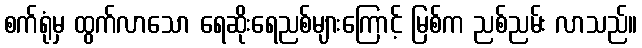
စက်ရုံမှ ထွက်လာသော ရေဆိုးရေညစ်များကြောင့် မြစ်က ညစ်ညမ်း လာသည်။